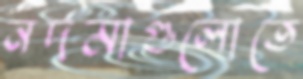
নর্দমাগুলোতে